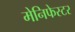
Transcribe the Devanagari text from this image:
मेनिफेस्टर